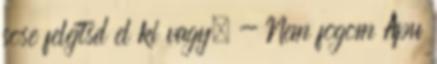
sose felejtsd el ki vagy. - Nem fogom Apu